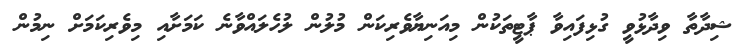
ޝިދާތާ ވިދާޅުވީ ގުޅިފައިވާ ޕާޓީތަކުން މިއަނިޔާވެރިކަން މުލުން ލުހެލައްވާނެ ކަމަށާއި މިވެރިކަމަށް ނިމުން